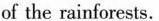
of the rainforests.